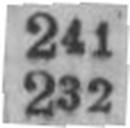
232